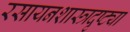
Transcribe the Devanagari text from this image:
रसायनशास्त्रदृष्ट्या